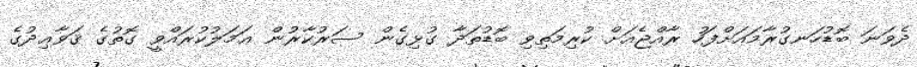
ދެވަނަ ބޮޑުހަނގުރާމައަށްފަހު ރާއްޖެއަށް ކުރިމަތިވި ބޮޑުތަދާ ގުޅިގެން ސަރުކާރުން ޢަމަލުކުރައްވީ ގޮތުގެ ޤަވާޢިދުގެ